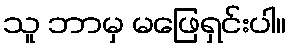
သူ ဘာမှ မဖြေရှင်းပါ။